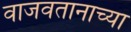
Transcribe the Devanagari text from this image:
वाजवतानाच्या